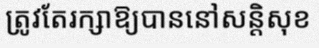
ត្រូវតែរក្សាឱ្យបាននៅសន្តិសុខ